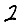
Digit: 2